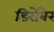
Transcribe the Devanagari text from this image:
डिसेंबेर